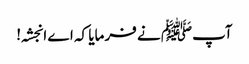
آپﷺ نے فرمایا کہ اے انجشہ!